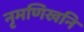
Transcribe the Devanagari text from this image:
नृमणिखनि